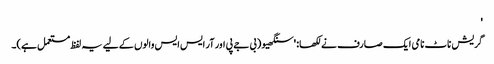
'
گریش ناٹ نامی ایک صارف نے لکھا: 'سنگھیو (بی جے پی اور آر ایس ایس والوں کے لیے یہ لفظ مستعمل ہے)۔